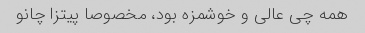
همه چی عالی و خوشمزه بود، مخصوصا پیتزا چانو